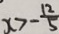
x > - \frac { 1 2 } { 5 }